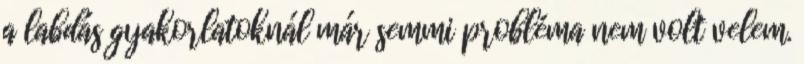
a labdás gyakorlatoknál már semmi probléma nem volt velem.